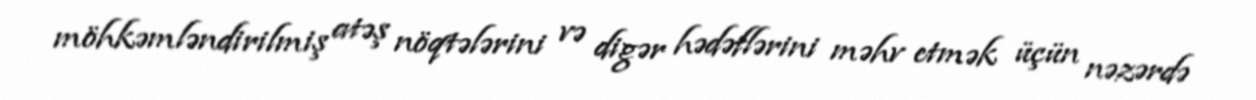
möhkəmləndirilmiş atəş nöqtələrini və digər hədəflərini məhv etmək üçün nəzərdə